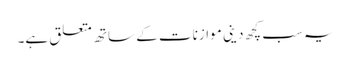
یہ سب کچھ دینی موازنات کے ساتھ متعلق ہے۔